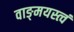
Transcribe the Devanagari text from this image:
वाङ्‌मयस्त्वं